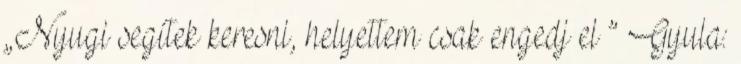
„Nyugi segítek keresni, helyettem csak engedj el ” Gyula: